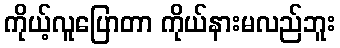
ကိုယ့်လူပြောတာ ကိုယ်နားမလည်ဘူး